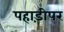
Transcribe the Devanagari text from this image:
पहाड़ीपर